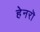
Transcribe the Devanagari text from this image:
हेनरॊ